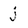
Character: j